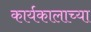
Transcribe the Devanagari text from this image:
कार्यकालाच्या